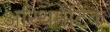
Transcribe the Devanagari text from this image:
अरिथमेटिक